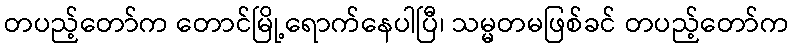
တပည့်တော်က တောင်မြို့ရောက်နေပါပြီ၊ သမ္မတမဖြစ်ခင် တပည့်တော်က